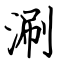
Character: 涮